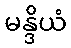
မန္ဒိယံ